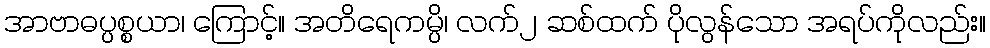
အာဗာဓပ္ပစ္စယာ၊ ကြောင့်။ အတိရေကမ္ပိ၊ လက်၂ ဆစ်ထက် ပိုလွန်သော အရပ်ကိုလည်း။